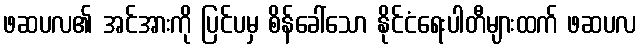
ဖဆပလ၏ အင်အားကို ပြင်ပမှ စိန်ခေါ်သော နိုင်ငံရေးပါတီများထက် ဖဆပလ